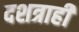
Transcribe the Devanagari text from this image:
दशत्राही